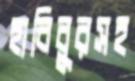
হাবিবুরসহ